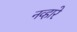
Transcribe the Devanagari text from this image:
नव्हारे